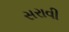
સરાવી